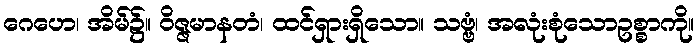
ဂေဟေ၊ အိမ်၌။ ဝိဇ္ဇမာနတံ၊ ထင်ရှားရှိသော။ သဗ္ဗံ၊ အလုံးစုံသောဥစ္စာကို။